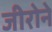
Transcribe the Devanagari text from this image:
जीरोने